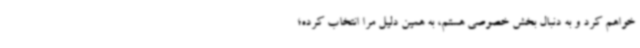
خواهم کرد و به دنبال بخش خصوصی هستم، به همین دلیل مرا انتخاب کرده؛